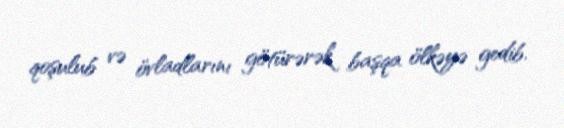
qoşulub və övladlarını götürərək başqa ölkəyə gedib.